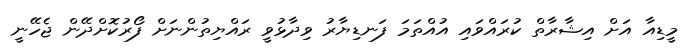
މީޑިއާ އަށް އިޝާރާތް ކުރައްވައި އުއްތަމަ ފަނޑިޔާރު ވިދާޅުވީ ރައްޔިތުންނަށް ފޯރުކޮށްދޭން ޖެހޭނީ